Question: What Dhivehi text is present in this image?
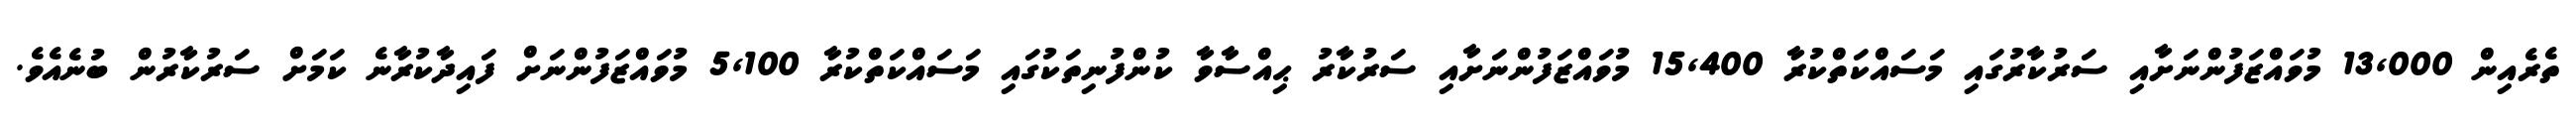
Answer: ތެރެއިން 13,000 މުވައްޒަފުންނަށާއި ސަރުކާރުގައި މަސައްކަތްކުރާ 15,400 މުވައްޒަފުންނަށާއި ސަރުކާރު ޙިއްސާވާ ކުންފުނިތަކުގައި މަސައްކަތްކުރާ 5,100 މުވައްޒަފުންނަށް ފައިދާކުރާނެ ކަމަށް ސަރުކާރުން ބުނެއެވެ.